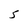
Character: 5